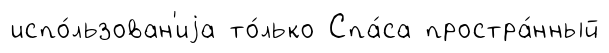
испо́льзован'иjа то́лько Спа́са простра́нный